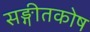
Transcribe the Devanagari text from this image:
सङ्गीतकोष